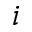
i